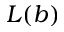
L ( b )